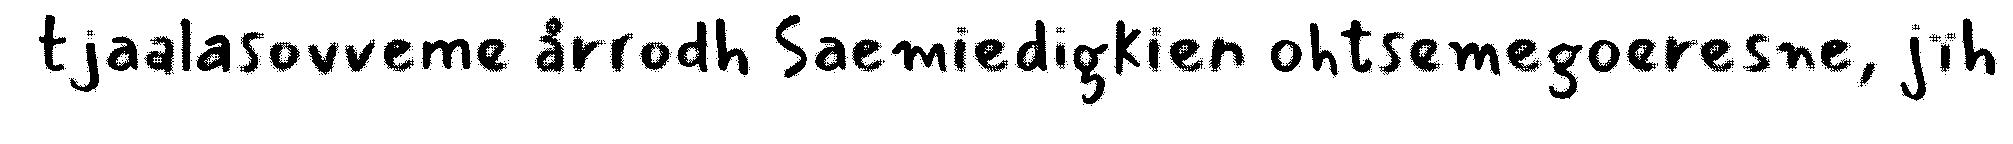
tjaalasovveme årrodh Saemiedigkien ohtsemegoeresne, jïh